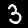
Digit: 3